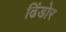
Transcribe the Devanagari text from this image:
ढिंडोर